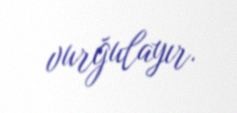
vurğulayır.